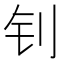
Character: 钊